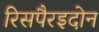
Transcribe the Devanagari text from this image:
रिसपैरइदोन